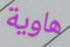
هاوية